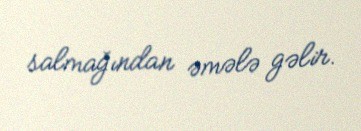
salmağından əmələ gəlir.